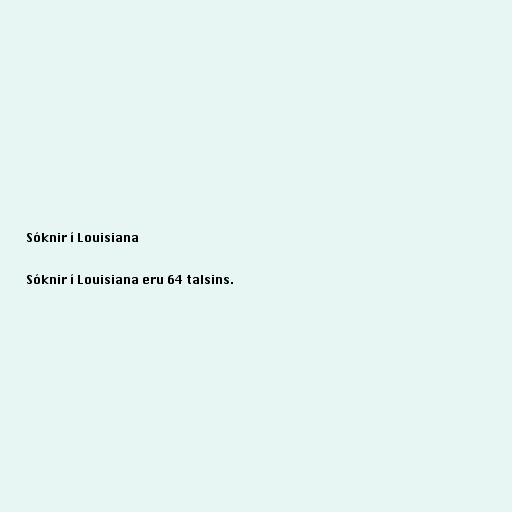
Sóknir í Louisiana

Sóknir í Louisiana eru 64 talsins.